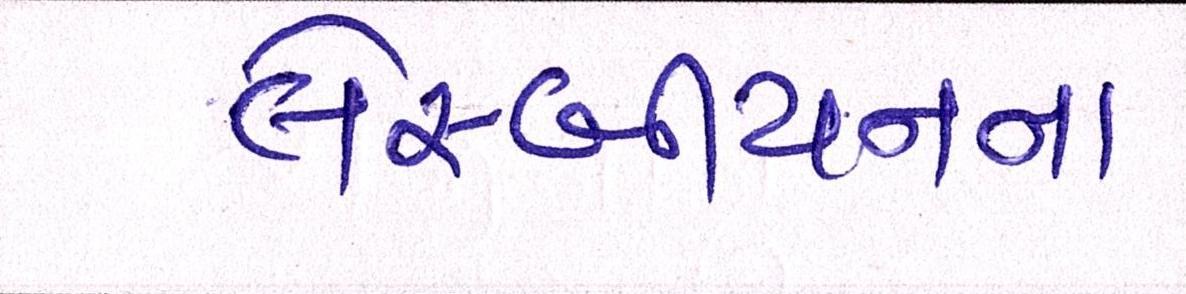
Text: લેસ્બીયનના